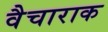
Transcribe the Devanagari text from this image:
वैचाराक